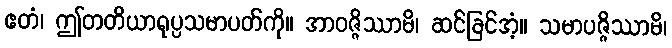
ဧတံ၊ ဤတတိယာရုပ္ပသမာပတ်ကို။ အာဝဇ္ဇိဿာမိ၊ ဆင်ခြင်အံ့။ သမာပဇ္ဇိဿာမိ၊